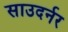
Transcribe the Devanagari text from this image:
साउदर्नर